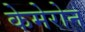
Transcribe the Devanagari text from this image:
केमेरोन